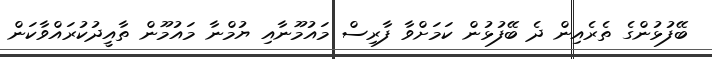
ބޭފުޅުންގެ ތެރެއިން ދެ ބޭފުޅުން ކަމަށްވާ ފާރިސް މައުމޫނާއި ޔުމްނާ މައުމޫން ތާއީދުކުރައްވާކަން